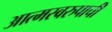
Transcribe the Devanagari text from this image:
आत्मस्वरुपाची